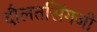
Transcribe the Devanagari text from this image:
दौलतसिंगजी